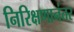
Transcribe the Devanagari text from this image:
निरिक्षणानंतर